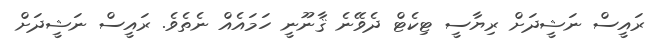
ރައީސް ނަޝީދަށް ރިޔާސީ ޓިކެޓް ދެވޭނެ ޤާނޫނީ ހަމައެއް ނެތެވެ. ރައީސް ނަޝީދަށް